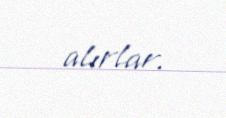
alırlar.